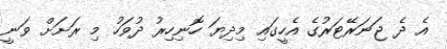
އެ ދެ ޖަނަރޭޓަރުގެ އެހީގައި މިދިޔަ ހޮނިހިރު ދުވަހު މި ރަށަށް ވަނީ